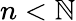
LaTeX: n<\mathbb{N}